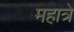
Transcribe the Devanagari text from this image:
महात्रे